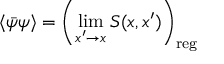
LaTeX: \langle \bar { \psi } \psi \rangle = \left( \operatorname * { l i m } _ { x ^ { \prime } \rightarrow x } S ( x , x ^ { \prime } ) \right) _ { \mathrm { r e g } }